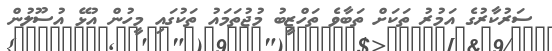
ސަރުކާރުގެ އަމުރު ތަކަށް ތަބާވެ ތަހްޒީބު މުޖުތަމައު ތަކުގައި މީހުން އުޅޭ އުސޫލުން